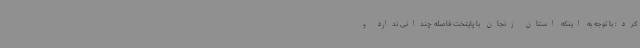
کرد: با توجه به اینکه استان زنجان با پایتخت فاصله چندانی ندارد و